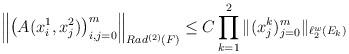
LaTeX: \begin{align*}\left\| \left( A(x^{1}_{i},x^{2}_{j})\right) _{i,j=0}^{m}\right\|_{Rad^{(2)}(F)}\le C\prod_{k=1}^{2} \Vert(x_{j}^{k})_{j=0}^{m}\Vert_{\ell_{2}^{w}(E_{k})}\end{align*}